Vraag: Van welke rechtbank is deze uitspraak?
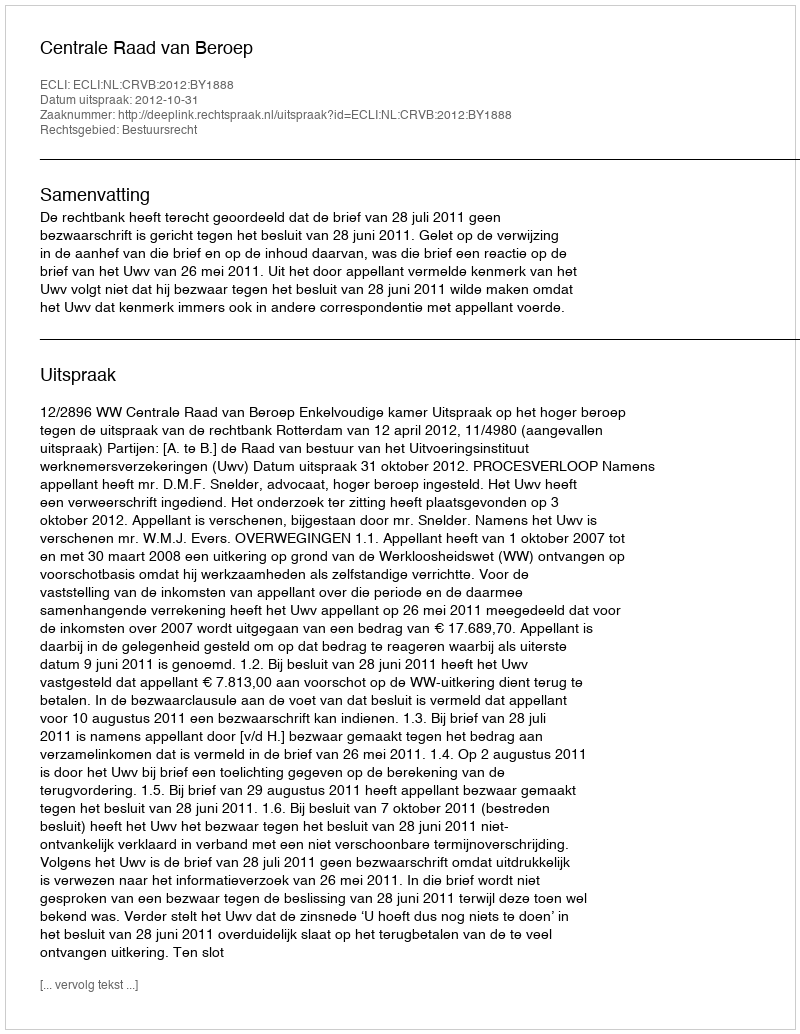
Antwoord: Centrale Raad van Beroep